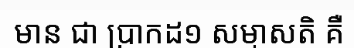
មាន ជា ប្រាកដ១ សម្មាសតិ គឺ